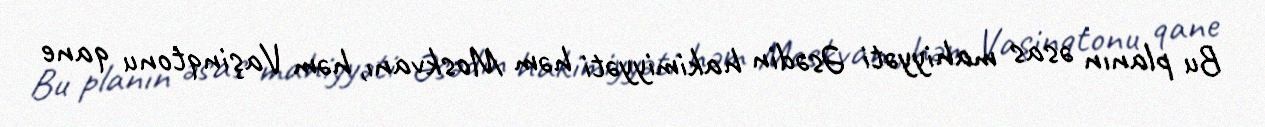
Bu planın əsas mahiyyəti Əsədin hakimiyyəti həm Moskvanı, həm Vaşinqtonu qane